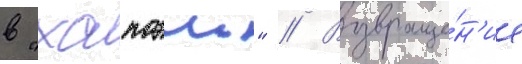
в "хапоэль" // Возвраще́н'ие